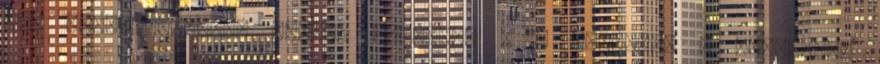
GHz Vezetéknélküli router tartomán . . érzékelő a szükséges